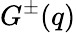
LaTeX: G^{\pm}(q)